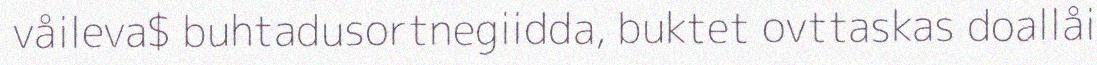
våileva$ buhtadusortnegiidda, buktet ovttaskas doallåi